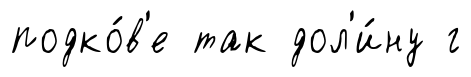
подко́в'е так дол'и́ну г